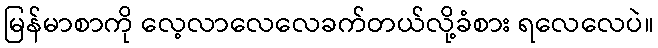
မြန်မာစာကို လေ့လာလေလေခက်တယ်လို့ခံစား ရလေလေပဲ။